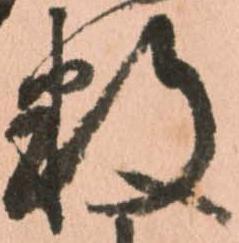
数